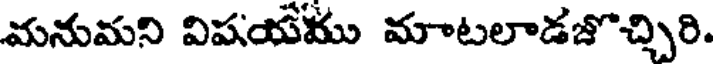
మనుమని విషయము మాటలాడజొచ్చిరి.